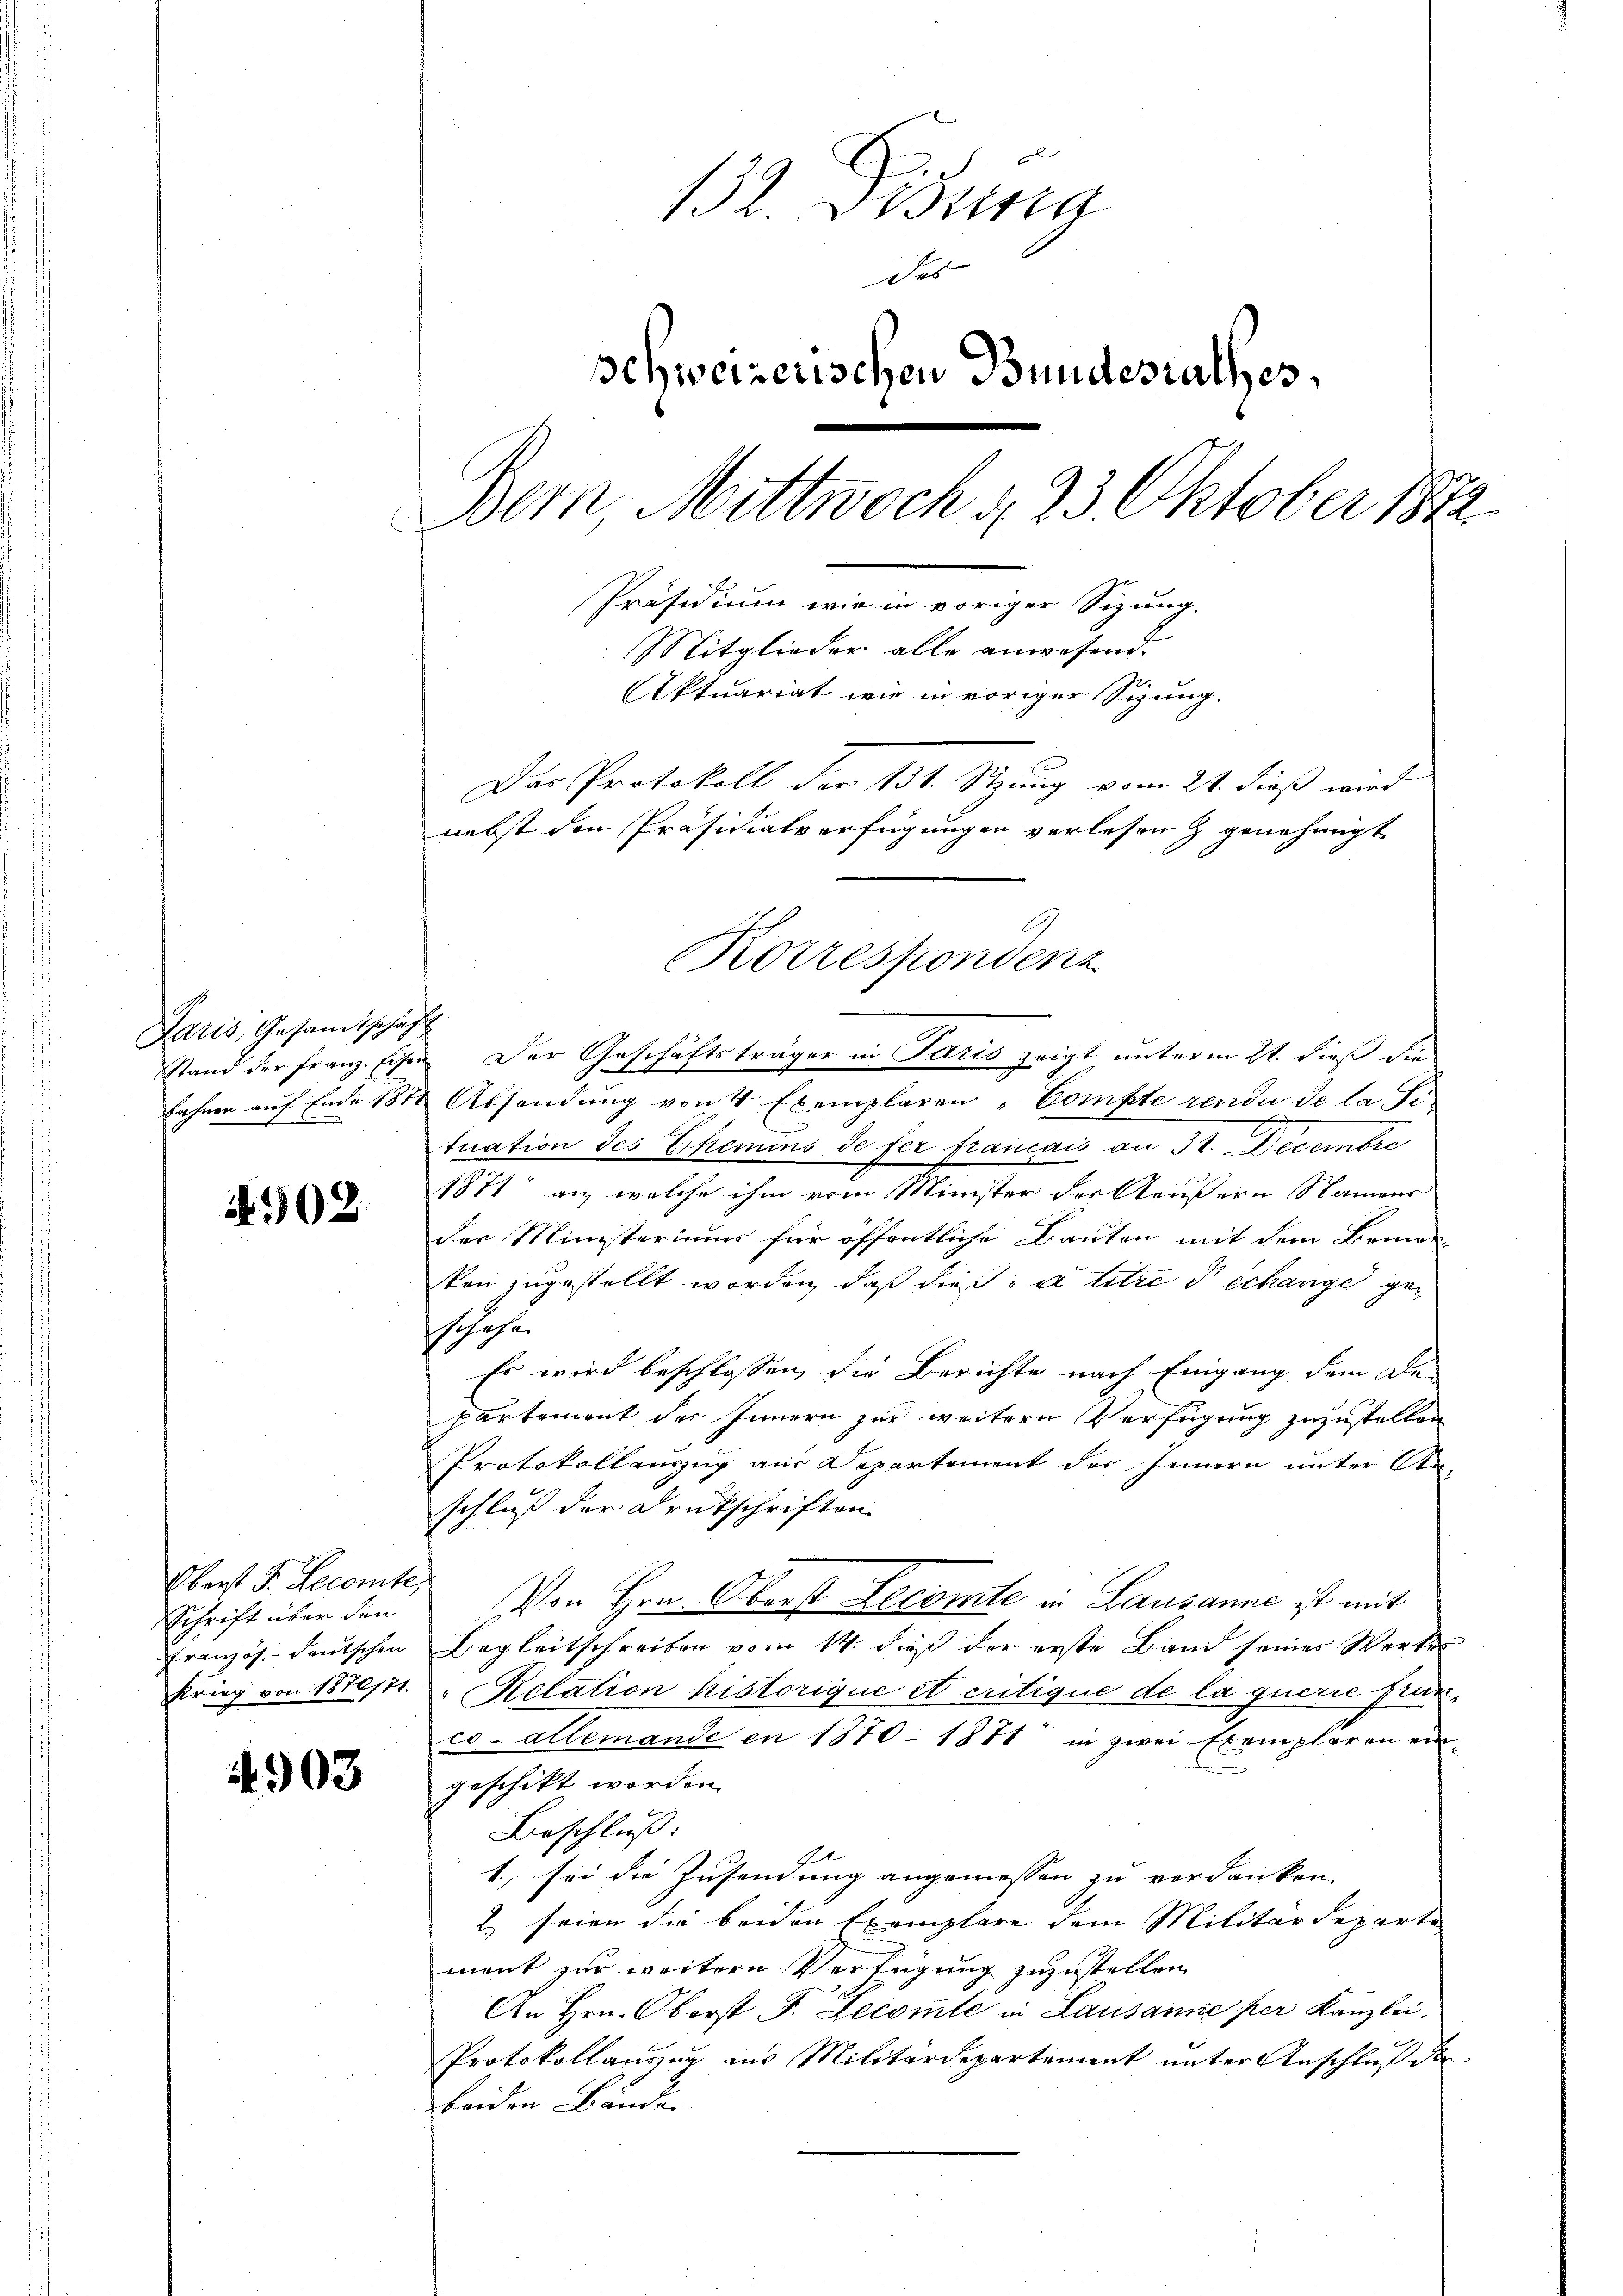
Paris, Gesandtschaft

4902.

Oberst d. Recomte,
Schrift über den

4903

132. Disura
des
Schweizerischen Bundesrathes,
Bern, Mittwoch § 23. Oktober 1882
Präsidium wie in voriger Sizung.
Mitglieder alle anwesend.
Aktuariat wie in voriger Sizung.
u
Das Protokoll der 131. Stzung vom 21. dieß wird
nebst den Präsidialverfügungen verlesen & genehmigt
Korrespondenz

Stand der Franz. Eisen. Der Geschäftsträger in Paris zeigt unterm 21. dieß die
Fahnen auf Ende 1872 Absendung von 4 Exemplaren-Compte rende de la Fi-
tuation des Ehemins de fer francais an St. Decembre
1871 an, welche ihm vom Minister der Reußern Namens
der Ministeriums für öffentliche Bauten mit dem Bemer-
ken zugestellt worden, daß dies a titre déchange geschehe.
Es wird beschlossen, die Berichte nach Eingang dem De-
partemont der Innern zur weiteren Verfügung zuzustellen
Protokollauszug aus Departement des Innern unter An-
schluß der Drukschriften
Von Hrn. Oberst Lecomte in Lausanne ist mit
Französ. deŭtschen Begleitschreiben vom 14. dieβ der erste Band seines Werkes
Krieg von Stept. Relation historique et critique de la querre franco. Allemande en 1870 - 1871 in zwei Exemplaren ein
geschikt worden.
Beschluß:
1., sei die Zusendung angemessen zu verdanken.
2 seien die beiden Exemplare dem Militärdeparte
ment zur weitern Verfügung zuzustellen.
An Hrn. Oberst F. Decomte in Lausamie per Kanzlei.
Protokollauszug aus Militärdepartement unter Anschluß de
beiden Bänder